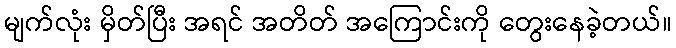
မျက်လုံး မှိတ်ပြီး အရင် အတိတ် အကြောင်းကို တွေးနေခဲ့တယ်။